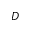
D